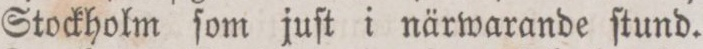
Stockholm ſom juſt i närwarande ſtund.